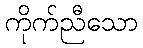
ကိုက်ညီသော